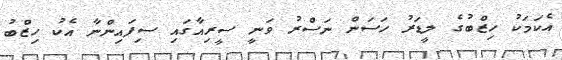
އެކަމަކު ހިޒްބުގެ ލީޑަރު ހަސަން ނަސްރު ވަނީ ސީރިއާގައި ސިފައިންނާ އެކު ހިޒްބު